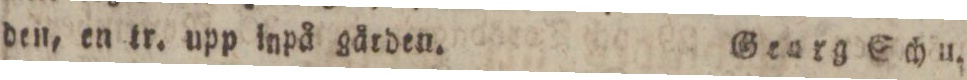
den, en tr. upp inpå gården.    Genrg Schu.